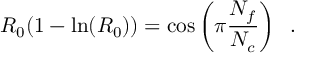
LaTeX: R _ { 0 } ( 1 - \ln ( R _ { 0 } ) ) = \cos \left( \pi \frac { N _ { f } } { N _ { c } } \right) \; \; .